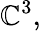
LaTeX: \mathbb{C}^{3},